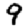
Digit: 9